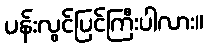
ပန်းလွင်ပြင်ကြီးပါလား။